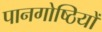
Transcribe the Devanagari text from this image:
पानगोष्ठियों